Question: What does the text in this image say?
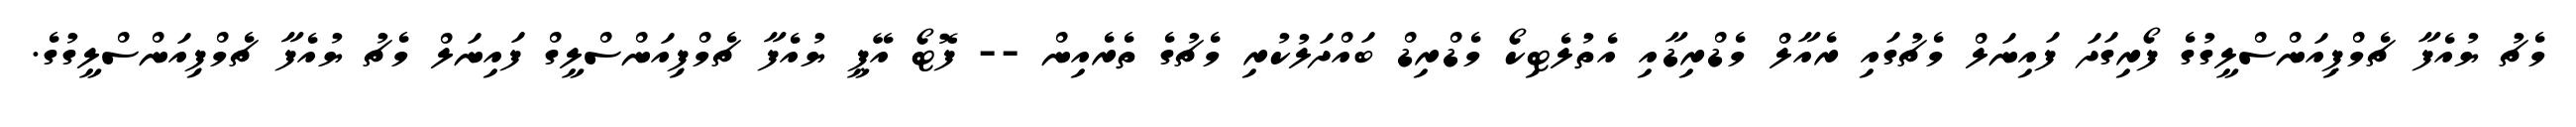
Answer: މެޗު ޔުއެފާ ޗެމްޕިއަންސްލީގުގެ ފޯރިގަދަ ފައިނަލް މެޗުގައި ރެއާލް މެޑްރިޑާއި އެތުލެޓިކޯ މެޑްރިޑް ބައްދަލުކުރި މެޗުގެ ތެރެއިން -- ފޮޓޯ އޭޕީ ޔުއެފާ ޗެމްޕިއަންސްލީގް ފައިނަލް މެޗު ޔުއެފާ ޗެމްޕިއަންސްލީގުގެ.